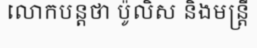
លោកបន្តថា ប៉ូលិស និងមន្ត្រី